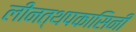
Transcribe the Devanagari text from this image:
लीनत्थपकासिनी